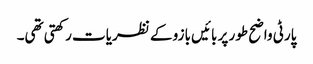
پارٹی واضح طور پر بائیں بازو کے نظریات رکھتی تھی۔